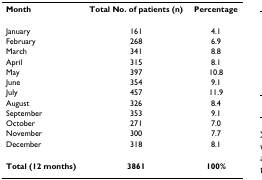
<table><thead><tr><td><b>Month</b></td><td><b>Total No. of patients (n)</b></td><td><b>Percentage</b></td></tr></thead><tbody><tr><td>January</td><td>161</td><td>4.1</td></tr><tr><td>February</td><td>268</td><td>6.9</td></tr><tr><td>March</td><td>341</td><td>8.8</td></tr><tr><td>April</td><td>315</td><td>8.1</td></tr><tr><td>May</td><td>397</td><td>10.8</td></tr><tr><td>June</td><td>354</td><td>9.1</td></tr><tr><td>July</td><td>457</td><td>11.9</td></tr><tr><td>August</td><td>326</td><td>8.4</td></tr><tr><td>September</td><td>353</td><td>9.1</td></tr><tr><td>October</td><td>271</td><td>7.0</td></tr><tr><td>November</td><td>300</td><td>7.7</td></tr><tr><td>December</td><td>318</td><td>8.1</td></tr><tr><td><b>Total (12 months)</b></td><td><b>3861</b></td><td><b>100%</b></td></tr></tbody></table>